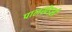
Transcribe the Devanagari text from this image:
पालखेडसी